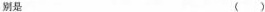
别是 （）